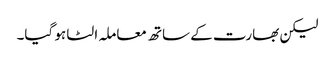
لیکن بھارت کے ساتھ معاملہ الٹا ہو گیا۔